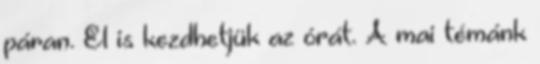
páran. El is kezdhetjük az órát. A mai témánk